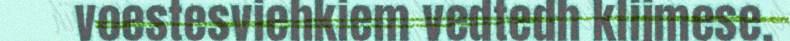
voestesviehkiem vedtedh klijmese,